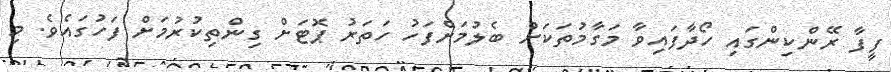
ފީފާ ރޭންކިންގައި ހޯދާފައިވާ މަގާމުތަކަށް ބެލުމަށްފަހު ހަތަރު ޕޮޓަށް ގިންތިކުރުމަށް ފަހުގައެވެ. މި